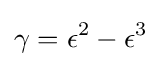
\gamma =\epsilon ^{2}-\epsilon ^{3}